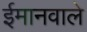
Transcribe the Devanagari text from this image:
ईमानवाले